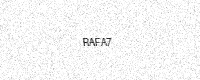
Text: RAFA7